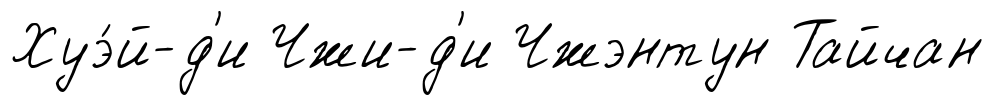
Хуэ́й-д'и Чжи-д'и Чжэнтун Тайчан